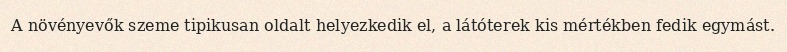
A növényevők szeme tipikusan oldalt helyezkedik el, a látóterek kis mértékben fedik egymást.